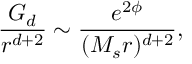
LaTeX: { \frac { G _ { d } } { r ^ { d + 2 } } } \sim { \frac { e ^ { 2 \phi } } { ( M _ { s } r ) ^ { d + 2 } } } ,